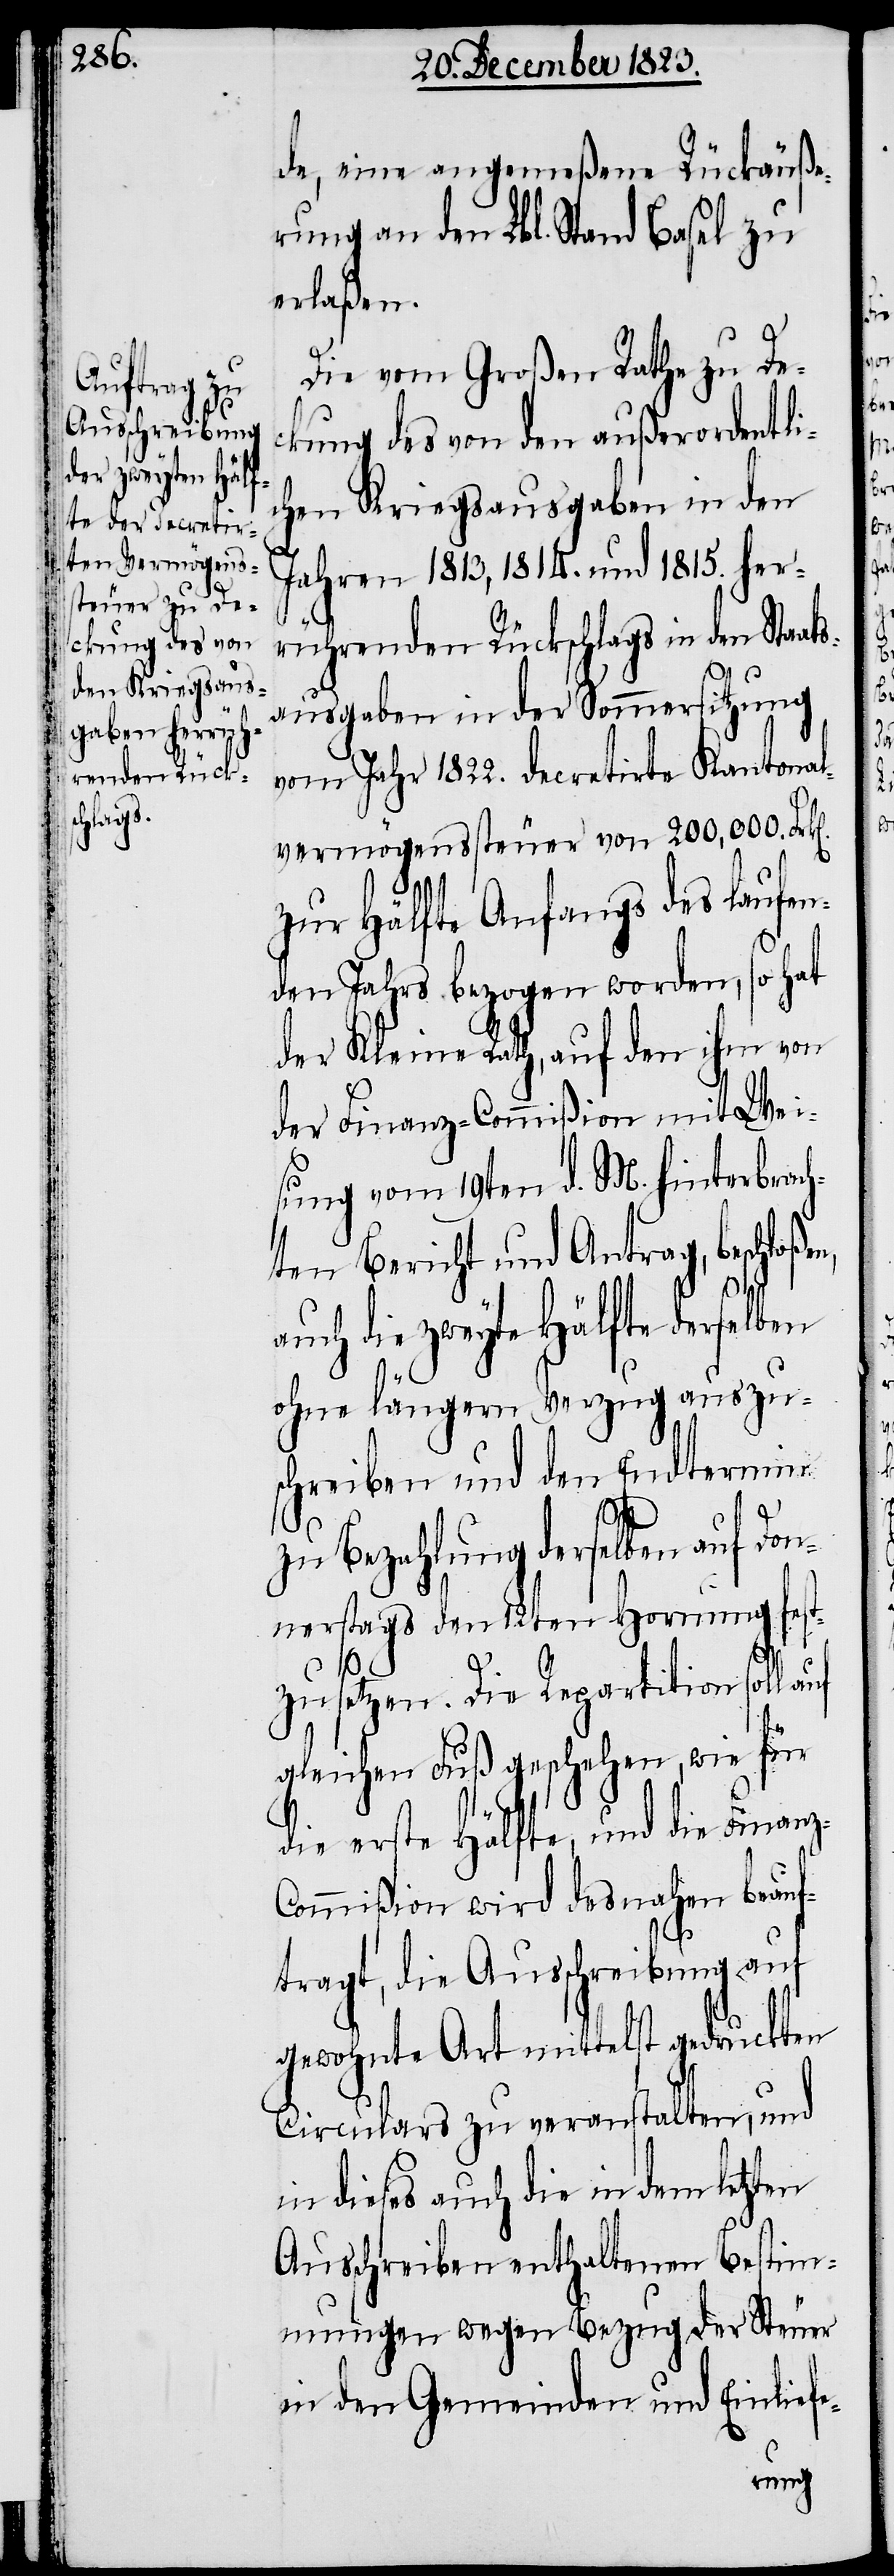
de, eine angemeßene Rückäuße¬
rung an den Lbl. Stand Basel zu
erlaßen.
Die vom Großen Rathe zu De¬
ckung des von den außerordentli¬
chen Kriegsausgaben in den
Jahren 1813, 1814. und 1815. her¬
rührenden Rückschlags in den Staats¬
ausgaben in der Sommersitzung
vom Jahr 1822. decretirte Kantonal¬
vermögenssteuer von 200,000. Frk[e¬
zur Hälfte Anfangs des laufen¬
den Jahrs bezogen worden
der Kleine Rath, auf den ihm von
der Finanz-Commißion mit Wei¬
sung vom 19ten d. M. hinterbrach¬
ten Bericht und Antrag, beschloßen,
n].
auch die zweyte Hälfte derselben
ohne längern Verzug auszu¬
schreiben und den Endtermin
zu Bezahlung derselben auf Don¬
nerstags den 12ten Hornung fest¬
zusetzen. Die Repartition soll
gleichen Fuß geschehen, wie für
die erste Hälfte, und die Finanz-C¬
ommißion wird desnahen beauf¬
tragt, die Ausschreibung auf
gewohnte Art mittelst gedruckten
Circulars zu veranstalten, und
in dieses auch die in dem letzten
Ausschreiben enthaltenen Bestim¬
mungen wegen Bezug der Steuer
in den Gemeinden und Einliefe-